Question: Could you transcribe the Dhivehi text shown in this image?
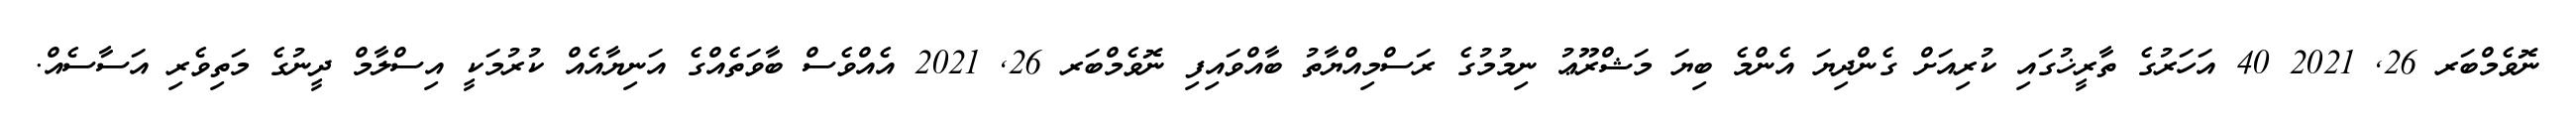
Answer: ނޮވެމްބަރ 26, 2021 40 އަހަރުގެ ތާރީޚުގައި ކުރިއަށް ގެންދިޔަ އެންމެ ބިޔަ މަޝްރޫޢު ނިމުމުގެ ރަސްމިއްޔާތު ބާއްވައިފި ނޮވެމްބަރ 26, 2021 އެއްވެސް ބާވަތެއްގެ އަނިޔާއެއް ކުރުމަކީ އިސްލާމް ދީނުގެ މަތިވެރި އަސާސެއް.